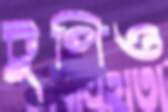
টুপিও